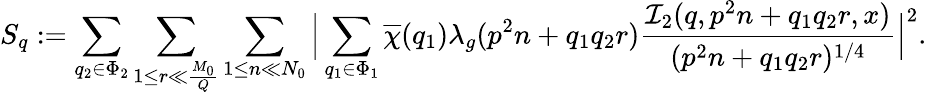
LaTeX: S_{q}:=\sum_{q_{2}\in\Phi_{2}}\sum_{1\leq r\ll\frac{M_{0}}{Q}}\sum_{1\leq n\ll N_{0}}\Big|\sum_{q_{1}\in\Phi_{1}}\overline{{\chi}}(q_{1})\lambda_{g}(p^{2}n+q_{1}q_{2}r)\frac{\mathcal{I}_{2}(q,p^{2}n+q_{1}q_{2}r,x)}{(p^{2}n+q_{1}q_{2}r)^{1/4}}\Big|^{2}.